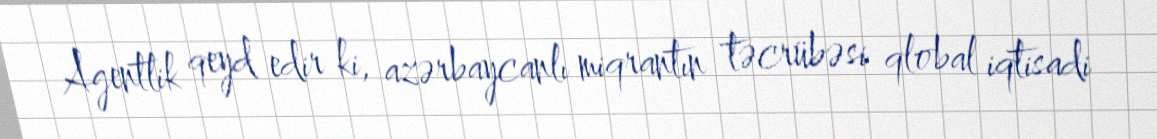
Agentlik qeyd edir ki, azərbaycanlı miqrantın təcrübəsi qlobal iqtisadi